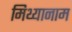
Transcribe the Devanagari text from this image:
मिथ्यानाम